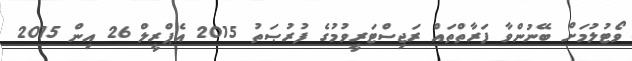
ވޯޓުލުމަށް ބޭނުންވާ ފަރާތްތައް ރަޖިސްޓަރީވުމުގެ ފުރުޞަތު 2015 އެޕްރީލް 26 އިން 2015